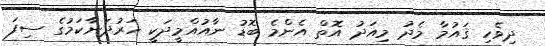
ދިވެހި ޤައުމާ މެދު މިއަދު އޮތް އެންމެ ބޮޑު ނާއުއްމީދަކީ ހަރުދަނާކަމުގެ ސިފަ